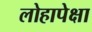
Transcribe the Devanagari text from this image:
लोहापेक्षा